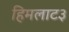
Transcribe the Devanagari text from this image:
हिमलाट३